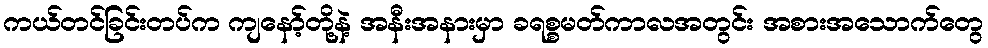
ကယ်တင်ခြင်းတပ်က ကျနော့်တို့နဲ့ အနီးအနားမှာ ခရစ္စမတ်ကာလအတွင်း အစားအသောက်တွေ